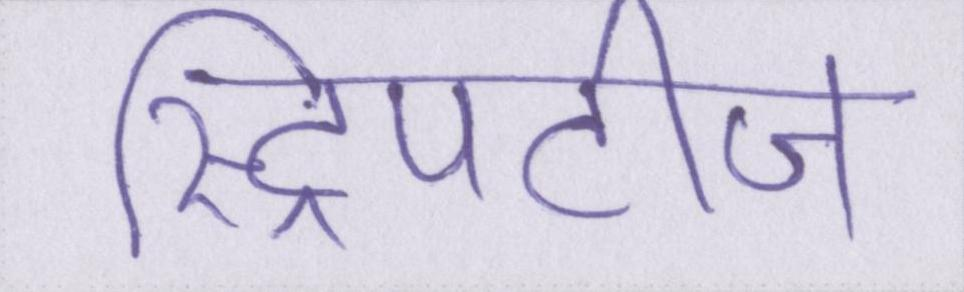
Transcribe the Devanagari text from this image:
स्ट्रिपटीज